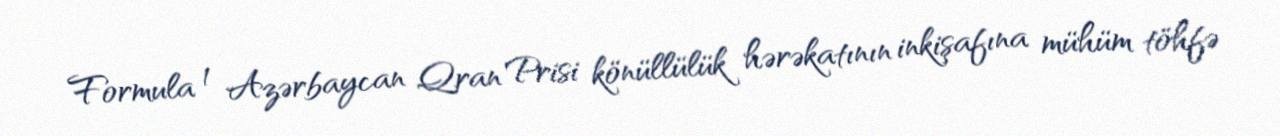
Formula 1 Azərbaycan Qran Prisi könüllülük hərəkatının inkişafına mühüm töhfə